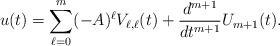
LaTeX: \begin{align*}u(t)=\sum_{\ell=0}^m (-A)^\ell V_{\ell,\ell}(t)+\frac{d^{m+1}}{dt^{m+1}}U_{m+1}(t).\end{align*}